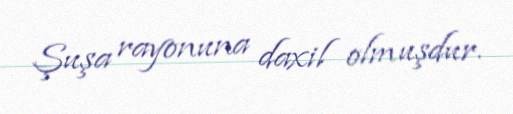
Şuşa rayonuna daxil olmuşdur.